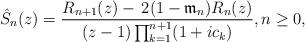
LaTeX: \begin{align*} \hat{S}_n(z) = \frac{R_{n+1}(z) - \,2(1-\mathfrak{m}_n)R_{n}(z)}{(z-1)\prod_{k=1}^{n+1}(1+ic_k)}, n \geq 0,\end{align*}